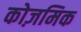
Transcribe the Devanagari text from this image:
कोज़मिक